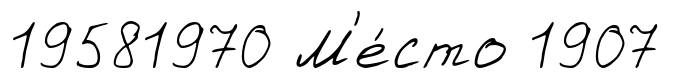
19581970 М'е́сто 1907